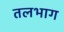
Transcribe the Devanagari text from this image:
तलभाग